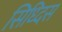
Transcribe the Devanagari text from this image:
सिध्दिस